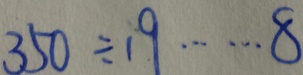
3 5 0 \div 1 9 \cdots 8